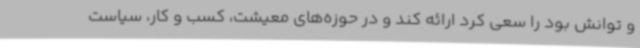
و توانش بود را سعی کرد ارائه کند و در حوزه‌های معیشت، کسب و کار، سیاست